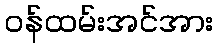
ဝန်ထမ်းအင်အား